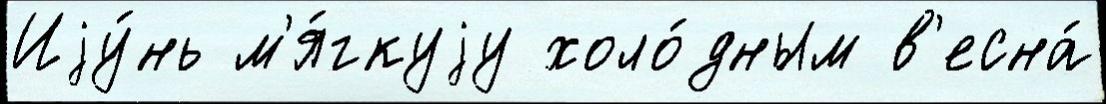
Иjу́нь м'я́гкуjу холо́дным в'есна́